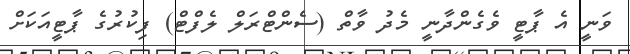
ވަނީ އެ ޕާޓީ ވެގެންދާނީ މެދު ވާތް (ސެންޓްރަލް ލެފްޓް) ފިކުރުގެ ޕާޓީއަކަށް